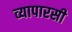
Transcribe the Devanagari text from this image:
व्यापारसी